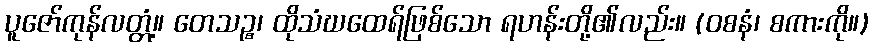
ပူဇော်ကုန်လတ္တံ့။ တေသဉ္စ၊ ထိုသံဃထေရ်ဖြစ်သော ရဟန်းတို့၏လည်း။ (ဝစနံ၊ စကားကို။)